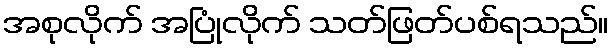
အစုလိုက် အပြုံလိုက် သတ်ဖြတ်ပစ်ရသည်။